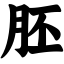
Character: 胚